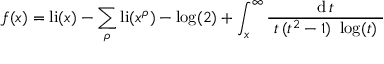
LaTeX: f ( x ) = \operatorname { l i } ( x ) - \sum _ { \rho } \operatorname { l i } ( x ^ { \rho } ) - \log ( 2 ) + \int _ { x } ^ { \infty } { \frac { \operatorname { d } t } { ~ t \, ( t ^ { 2 } - 1 ) ~ \log ( t ) ~ } }